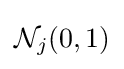
{\mathcal {N}}_{j}(0,1)